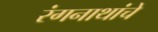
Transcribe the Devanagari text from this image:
रंगनाथांचे